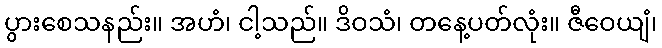
ပွားစေသနည်း။ အဟံ၊ ငါ့သည်။ ဒိဝသံ၊ တနေ့ပတ်လုံး။ ဇီဝေယျံ၊